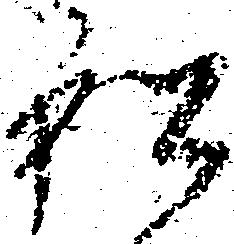
私